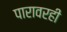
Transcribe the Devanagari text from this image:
पारावरही